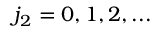
j _ { 2 } = 0 , 1 , 2 , . . .